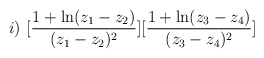
\begin{align*}i) \, \, [\frac{1+\ln (z_{1}-z_{2})}{(z_{1}-z_{2})^{2}}][\frac{1+\ln (z_{3}-z_{4})}{(z_{3}-z_{4})^{2}}]\end{align*}